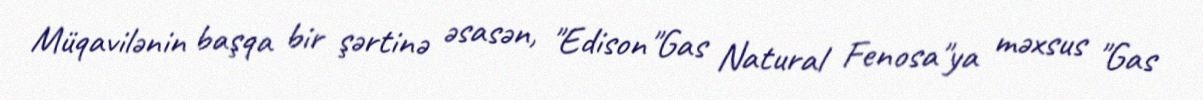
Müqavilənin başqa bir şərtinə əsasən, "Edison"Gas Natural Fenosa"ya məxsus "Gas